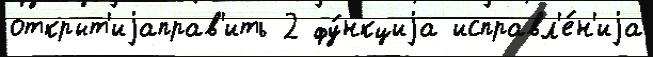
открыт'иjаправ'ить 2 фу́нкциjа исправл'е́н'иjа